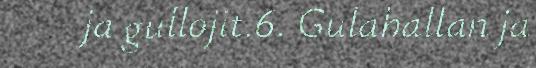
ja gullojit.6. Gulahallan ja